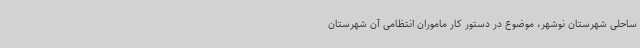
ساحلی شهرستان نوشهر، موضوع در دستور کار ماموران انتظامی آن شهرستان